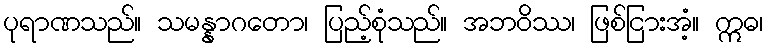
ပုရာဏသည်။ သမန္နာဂတော၊ ပြည့်စုံသည်။ အဘဝိဿ၊ ဖြစ်ငြားအံ့။ ဣဓ၊